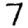
Digit: 7